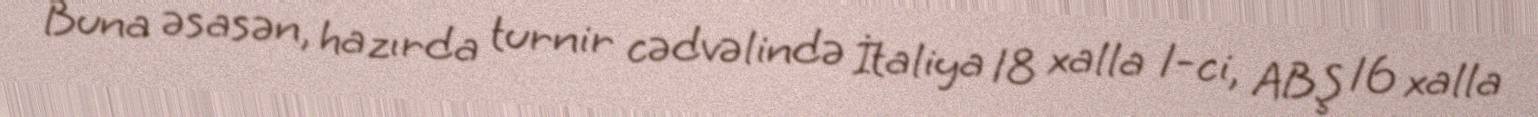
Buna əsasən, hazırda turnir cədvəlində İtaliya 18 xalla 1-ci, ABŞ 16 xalla